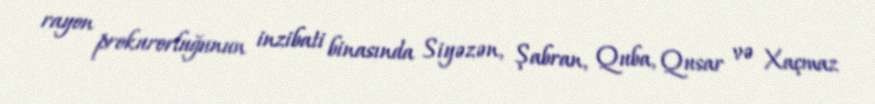
rayon prokurorluğunun inzibati binasında Siyəzən, Şabran, Quba, Qusar və Xaçmaz